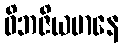
ဝိဘဇိယမာနေ